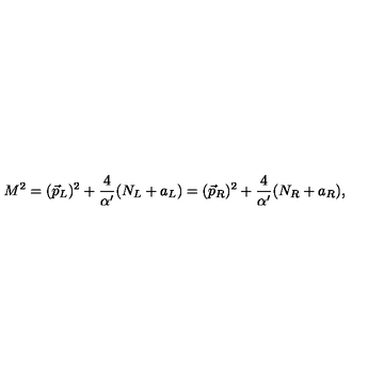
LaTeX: M ^ { 2 } = ( \vec { p } _ { L } ) ^ { 2 } + { \frac { 4 } { \alpha ^ { \prime } } } ( N _ { L } + a _ { L } ) = ( \vec { p } _ { R } ) ^ { 2 } + { \frac { 4 } { \alpha ^ { \prime } } } ( N _ { R } + a _ { R } ) ,